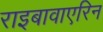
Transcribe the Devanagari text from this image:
राइबावाएरिन